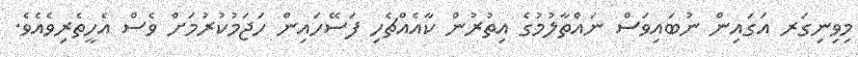
މިވިނިގަރ އަގައިން ނުބައިވަސް ނައްތާލުމުގެ އިތުރުން ކާއެއްޗެހި ފަސޭހައިން ހަޖަމުކުރުމަށް ވެސް އެހީތެރިވެއެވެ.